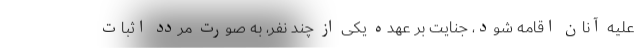
علیه آنان اقامه شود، جنایت بر عهده یکی از چند نفر، به صورت مردد اثبات